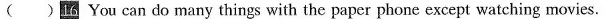
( )16 You can do many things with the paper phone except watching movies.